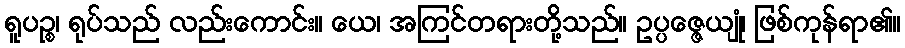
ရူပဉ္စ၊ ရုပ်သည် လည်းကောင်း။ ယေ၊ အကြင်တရားတို့သည်။ ဥပ္ပဇ္ဇေယျုံ၊ ဖြစ်ကုန်ရာ၏။